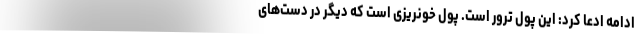
ادامه ادعا کرد: این پول ترور است. پول خونریزی است که دیگر در دست‌های